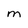
Character: M